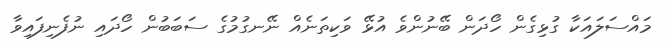
މައްސަލައަކާ ގުޅިގެން ހޯދަން ބޭނުންވެ އުޅޭ ވަކިތަނެއް ނޭނގުމުގެ ސަބަބުން ހޯދައި ނުފެނިފައިވާ